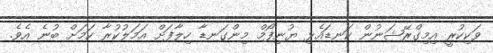
ވަކިކުރީ އިމިގްރޭޝަނުން ކަނޑައެޅި ޔުނިފޯމް މިންގަނޑާ ހިލާފަށް އަމަލުކުރާ ކަމަށް ބުނެ އެވެ.